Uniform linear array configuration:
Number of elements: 4
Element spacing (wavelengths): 0.25
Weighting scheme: uniform
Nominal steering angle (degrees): -15
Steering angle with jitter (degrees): -15.15
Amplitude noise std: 0.05
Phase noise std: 0.05

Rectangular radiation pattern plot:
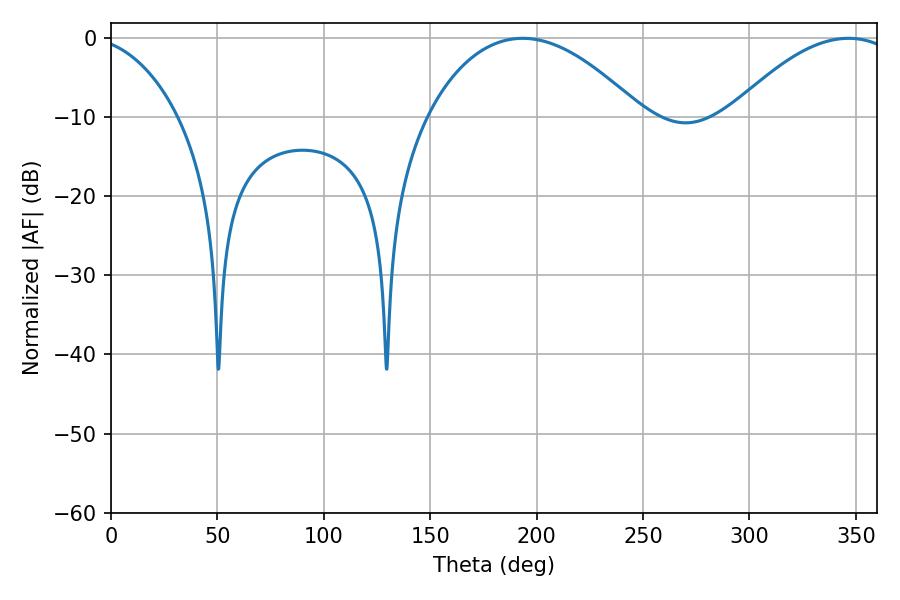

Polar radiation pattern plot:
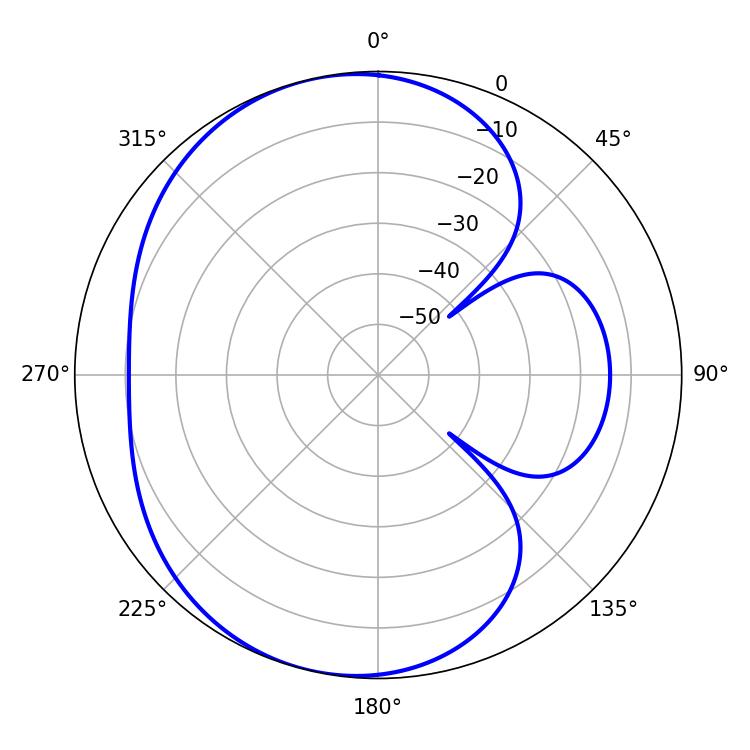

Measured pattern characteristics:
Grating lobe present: FALSE
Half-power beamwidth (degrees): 56.16
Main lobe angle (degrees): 193.5